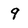
Character: 9